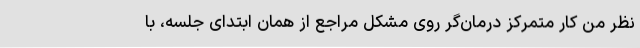
نظر من کار متمرکز درمان‌گر روی مشکل مراجع از همان ابتدای جلسه، با